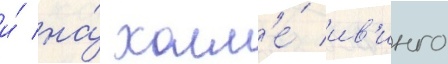
и́ на́ холм'е́ ив'инго